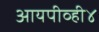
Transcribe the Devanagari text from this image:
आयपीव्ही४